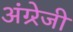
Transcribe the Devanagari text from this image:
अंग्र्रेजी